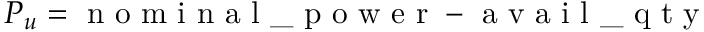
P _ { u } = \mathrm { ~ n ~ o ~ m ~ i ~ n ~ a ~ l ~ \_ ~ p ~ o ~ w ~ e ~ r ~ } - \mathrm { ~ a ~ v ~ a ~ i ~ l ~ \_ ~ q ~ t ~ y ~ }